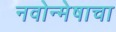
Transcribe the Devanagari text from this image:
नवोन्मेषाचा